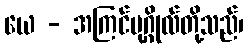
ယေ - အကြင်ပုဂ္ဂိုလ်တို့သည်၊